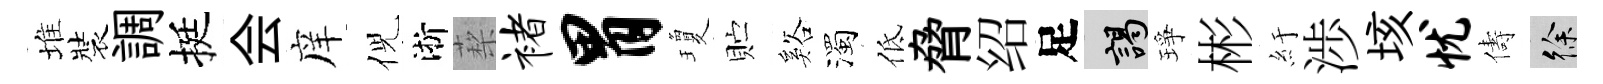
堆裝調挺会庠倪淅蔾褚胃瓊贮谿濁低脅绍足謁琤彬紆渉垓忧儔徐